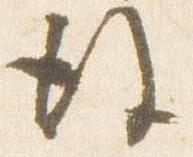
後